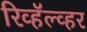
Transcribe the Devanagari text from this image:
रिव्हॅल्व्हर